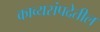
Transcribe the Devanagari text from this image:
काव्यसंपदेतील